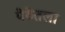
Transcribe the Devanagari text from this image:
पेठेतला